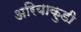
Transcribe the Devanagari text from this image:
अरियाकुडी